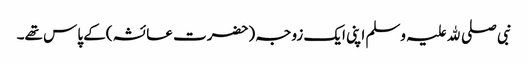
نبی صلی ﷲ علیہ وسلم اپنی ایک زوجہ (حضرت عائشہ )کے پاس تھے۔